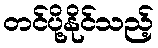
တင်ပို့နိုင်သည့်